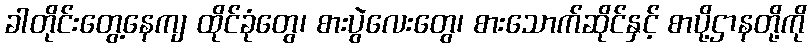
ခါတိုင်းတွေ့နေကျ ထိုင်ခုံတွေ၊ စားပွဲလေးတွေ၊ စားသောက်ဆိုင်နှင့် စာပို့ဌာနတို့ကို